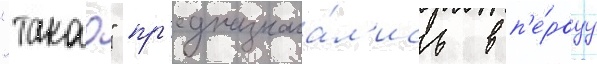
"такао" пр'едназнача́л'ись в п'е́рвуу